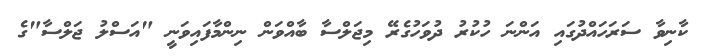
ކާނިވާ ސަރަހަައްދުގައި އަންނަ ހުކުރު ދުވަހުގެރޭ މިޖަލްސާ ބާއްވަން ނިންމާފައިވަނީ "އަސްލު ޖަލްސާ"ގެ